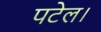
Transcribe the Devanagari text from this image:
पटेल।